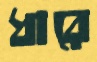
ধারে